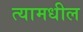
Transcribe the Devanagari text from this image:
त्‍यामधील